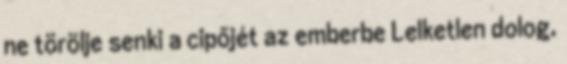
ne törölje senki a cipőjét az emberbe Lelketlen dolog,